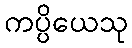
ကပ္ပိယေသု